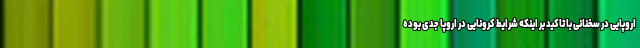
اروپایی در سخنانی با تاکید بر اینکه شرایط کرونایی در اروپا جدی بوده